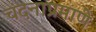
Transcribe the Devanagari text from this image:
चंदनाप्रमाणे